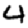
Digit: 4